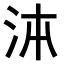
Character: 𭰉